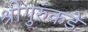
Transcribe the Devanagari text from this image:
श्रीगुरुंकडे